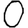
Digit: 0